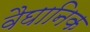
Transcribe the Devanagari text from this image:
वैघानिक